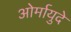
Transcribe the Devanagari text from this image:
ओर्मायुदे